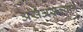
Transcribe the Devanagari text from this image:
असेअसल्याने